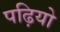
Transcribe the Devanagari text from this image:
पढ़ियो